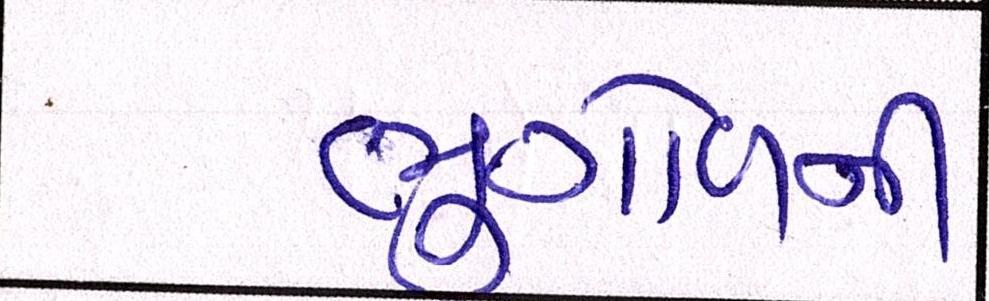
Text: ભુગોળની